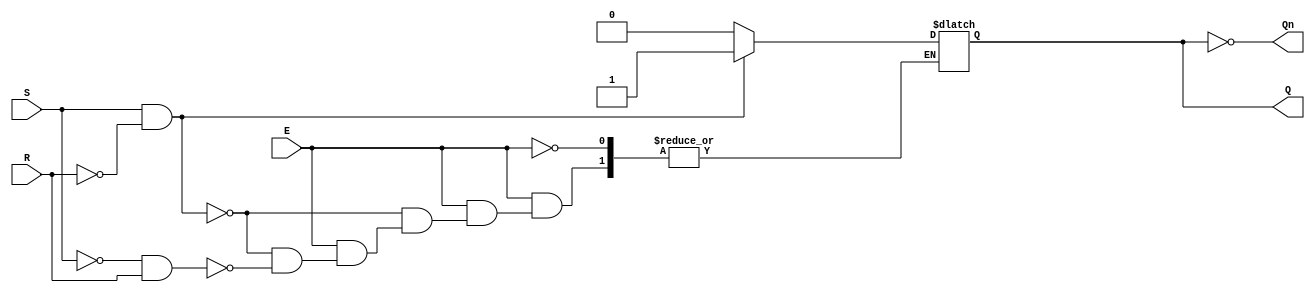
module GatedSRLatch (
    input wire S,    // Set input
    input wire R,    // Reset input
    input wire E,    // Enable input
    output reg Q,    // Output Q
    output wire Qn   // Complement output (not Q)
);

// Complement output
assign Qn = ~Q;

// Always block to describe the behavior of the Gated SR Latch
always @(*) begin
    if (E) begin
        if (S && !R) begin
            Q = 1;  // Set state
        end else if (!S && R) begin
            Q = 0;  // Reset state
        end 
        // If S == 0 and R == 0, maintain current state (handled by reg)
        // If S == 1 and R == 1, the state is indeterminate (no change)
    end
    // When E is low, the current state is retained (handled by reg)
end

endmodule